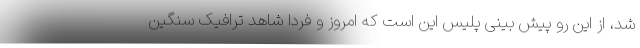
شد، از این رو پیش بینی پلیس این است که امروز و فردا شاهد ترافیک سنگین